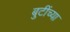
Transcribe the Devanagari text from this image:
बुटींच्या